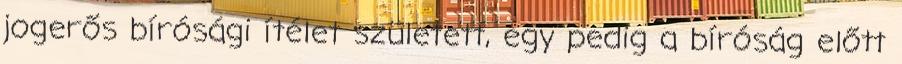
jogerős bírósági ítélet született, egy pedig a bíróság előtt